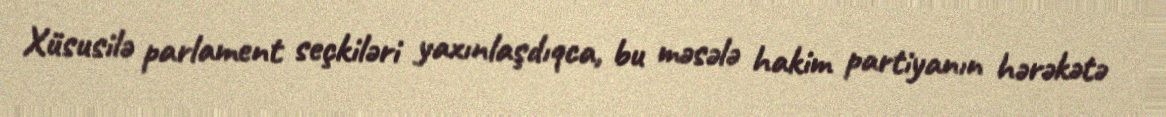
Xüsusilə parlament seçkiləri yaxınlaşdıqca, bu məsələ hakim partiyanın hərəkətə